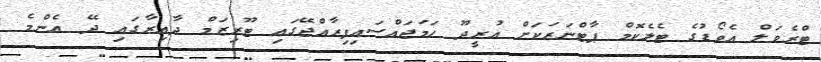
ޓްރެވަލް އެވޯޑުގެ ޓެލެކޮމް ޕާޓްނަރަކަށް އުރީދޫ ހަމަޖައްސައިފިރާއްޖޭގައި ޓޫރިޒަމް ދާއިރާގައި ދޭ އެންމެ